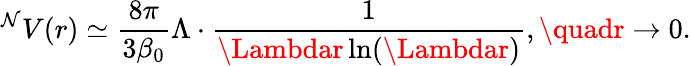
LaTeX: ^\mathcal{N}V(r)\simeq\frac{{8\pi}}{{3\beta_{0}}}\Lambda\cdot\frac{{1}}{{\Lambdar\ln(\Lambdar)}},\quadr\to0.